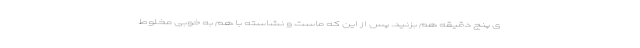
ی پنج دقیقه هم بزنید. پس از این که ماست و نشاسته با هم به خوبی مخلوط